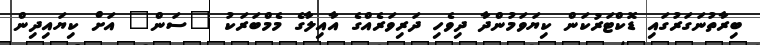
ބިރާތުނަގަރުގައި ޑޮކްޓަރުކަން ކިޔަވަމުންދާ ދިވެހި ދަރިވަރެއްގެ އާއިލާގެ މެމްބަރަކު "ސަން" އަށް ކިޔައިދިން